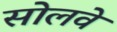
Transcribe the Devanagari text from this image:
सोलवे